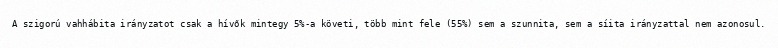
A szigorú vahhábita irányzatot csak a hívők mintegy 5%-a követi, több mint fele (55%) sem a szunnita, sem a síita irányzattal nem azonosul.